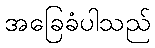
အခြေခံပါသည်